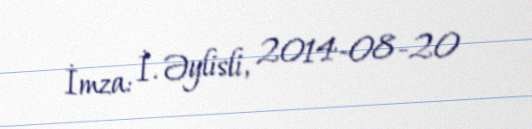
İmza: İ. Əylisli, 2014-08-20